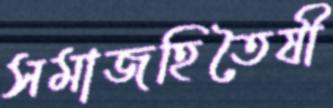
সমাজহিতৈষী